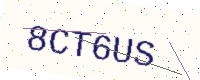
Text: 8CT6US